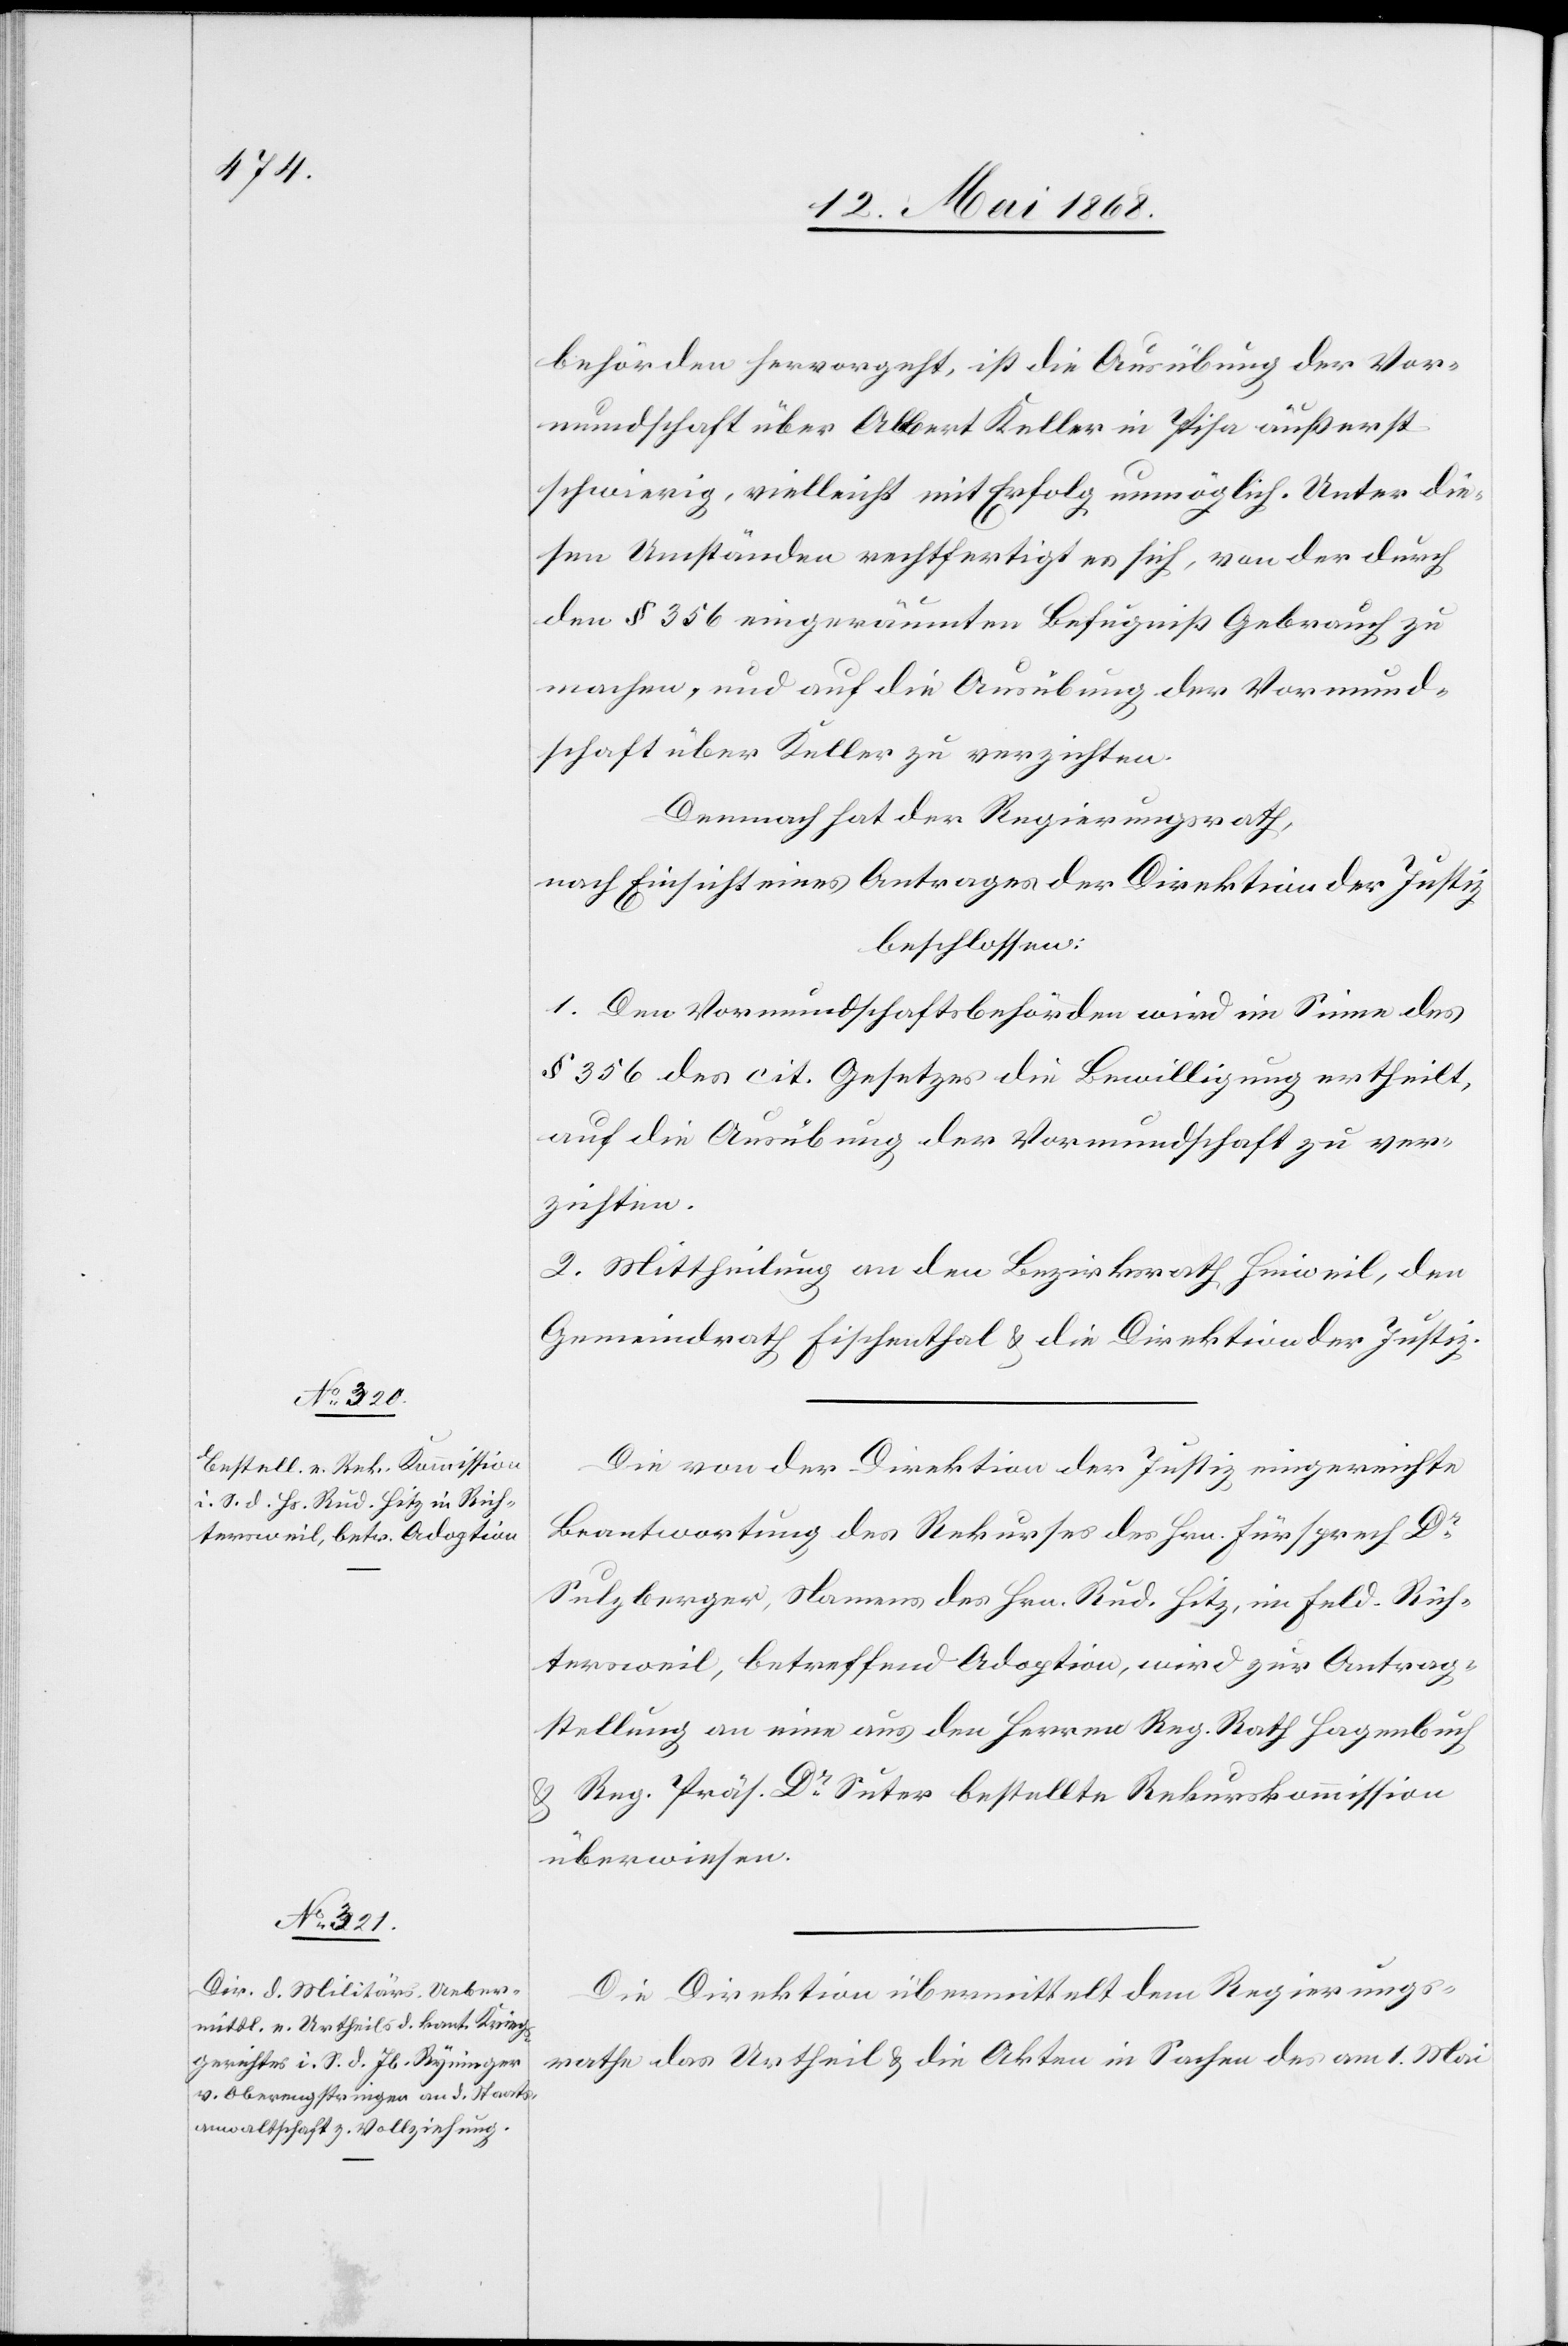
behörden hervorgeht, ist die Ausübung der Vor¬
mundschaft über Albert Keller in Pisa äußerst
schwierig, vielleicht mit Erfolg unmöglich. Unter die¬
sen Umständen rechtfertigt es sich, von der durch
den § 356 eingeräumten Befugniß Gebrauch zu
machen, und auf die Ausübung der Vormund¬
schaft über Keller zu verzichten.
Demnach hat der Regierungsrath,
nach Einsicht eines Antrages der Direktion der Justiz
beschlossen:
1. Den Vormundschaftsbehörden wird im Sinne des
§ 356 des cit. Gesetzes die Bewilligung ertheilt,
auf die Ausübung der Vormundschaft zu ver¬
zichten.
2. Mittheilung an den Bezirksrath Hinweil, den
Gemeindrath Fischenthal & die Direktion der Justiz.
Die von der Direktion der Justiz eingereichte
Beantwortung des Rekurses des Hrn. Fürsprech Dr.
Sulzberger, Namens des Hrn. Rud. Hitz, im Feld-Rich¬
tersweil, betreffend Adoption, wird zur Antrag¬
stellung an eine aus den Herren Reg. Rath Hagenbuch
& Reg. Präs. Dr. Suter bestellte Rekurskommission
überwiesen.
Die Direktion übermittelt dem Regierungs¬
rathe das Urtheil & die Akten in Sachen des am 1. Mai